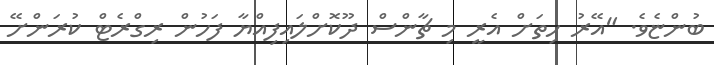
ބުންޏެވެ. "އޭރު ހިތަށް އެރީ މި ޗާންސް ދޫކޮށްލައިފިއްޔާ ފަހުން ރިގްރެޓް ކުރަންށޭ